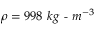
\rho = 9 9 8 ~ k g \textrm { - } m ^ { - 3 }